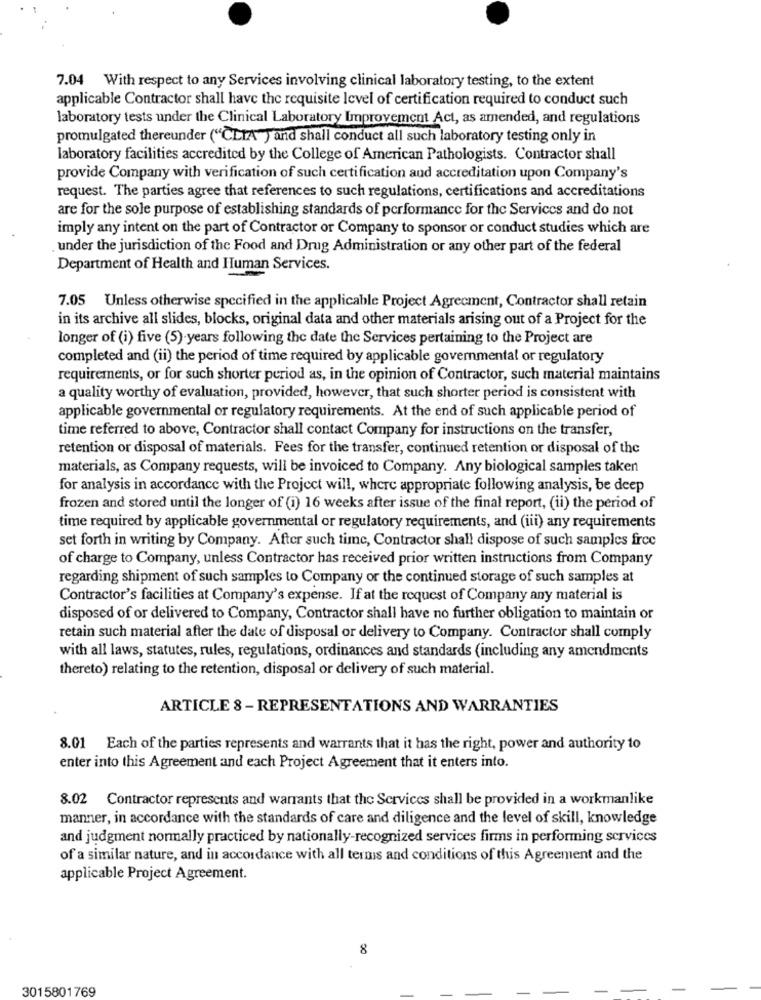
7.04 With respect to any Services involving clinical laboratory testing, to the extent
applicable Contractor shall have the requisite level of certification required to conduct such
laboratory tests under the Clinical Laboratory Improvement Act, as amended, and regulations
promulgated thereunder ("CLIA") and shall conduct all such laboratory testing only in
laboratory facilities accredited by the College of American Pathologists. Contractor shall
provide Company with verification of such certification aud accreditation upon Company's
request. The parties agree that references to such regulations, certifications and accreditations
are for the sole purpose of establishing standards of performance for the Services and do not
imply any intent on the part of Contractor or Company to sponsor or conduct studies which are
. under the jurisdiction of the Food and Drug Administration or any other part of the federal
Department of Health and Human Services.
7.05 Unless otherwise specified in the applicable Project Agreement, Contractor shall retain
in its archive all slides, blocks, original data and other materials arising out of a Project for the
longer of (i) five (5) years following the date the Services pertaining to the Project are
completed and (ii) the period of time required by applicable governmental or regulatory
requirements, or for such shorter period as, in the opinion of Contractor, such material maintains
a quality worthy of evaluation, provided, however, that such shorter period is consistent with
applicable governmental or regulatory requirements. At the end of such applicable period of
time referred to above, Contractor shall contact Company for instructions on the transfer,
retention or disposal of materials. Fees for the transfer, continued retention or disposal of the
materials, as Company requests, will be invoiced to Company. Any biological samples taken
for analysis in accordance with the Project will, where appropriate following analysis, be deep
frozen and stored until the longer of (i) 16 weeks after issue of the final report, (ii) the period of
time required by applicable governmental or regulatory requirements, and (iii) any requirements
set forth in writing by Company. After such time, Contractor shall dispose of such samples free
of charge to Company, unless Contractor has received prior written instructions from Company
regarding shipment of such samples to Company or the continued storage of such samples at
Contractor's facilities at Company's expense. If at the request of Company any material is
disposed of or delivered to Company, Contractor shall have no further obligation to maintain or
retain such material after the date of disposal or delivery to Company. Contractor shall comply
with all laws, statutes, rules, regulations, ordinances and standards (including any amendments
thereto) relating to the retention, disposal or delivery of such material.
ARTICLE 8 - REPRESENTATIONS AND WARRANTIES
8.01 Each of the parties represents and warrants that it has the right, power and authority to
enter into this Agreement and each Project Agreement that it enters into.
8.02 Contractor represents and warrants that the Services shall be provided in a workmanlike
manner, in accordance with the standards of care and diligence and the level of skill, knowledge
and judgment normally practiced by nationally-recognized services firms in performing services
of a similar nature, and in accordance with all terms and conditions of this Agreement and the
applicable Project Agreement.
8
3015801769